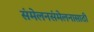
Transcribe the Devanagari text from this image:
संमेलनसंमेलनासाठी